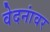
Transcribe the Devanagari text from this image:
वेदनांवर